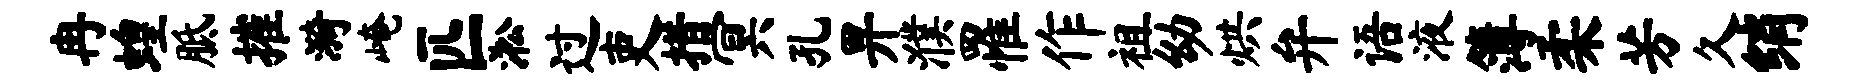
冉蝗胝摧漪崦匹淞过吏措冥孔畀濮罹作祖幼烘弁语液簿柔芳久绡